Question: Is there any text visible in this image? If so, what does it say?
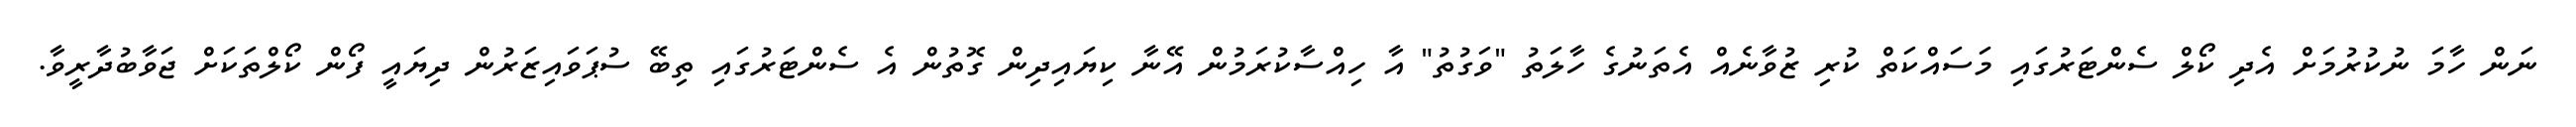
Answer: ނަން ހާމަ ނުކުރުމަށް އެދި ކޯލް ސެންޓަރުގައި މަސައްކަތް ކުރި ޒުވާނެއް އެތަނުގެ ހާލަތު "ވަގުތު" އާ ހިއްސާކުރަމުން އޭނާ ކިޔައިދިން ގޮތުން އެ ސެންޓަރުގައި ތިބޭ ސުޕަވައިޒަރުން ދިޔައީ ފޯން ކޯލްތަކަށް ޖަވާބުދާރީވާ.